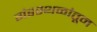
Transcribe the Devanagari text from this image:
गंडस्थळांतून